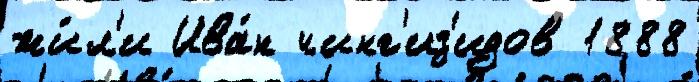
жи́л'и Ива́н чинг'из'идов 1888